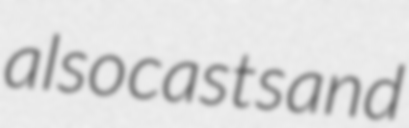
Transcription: also casts and